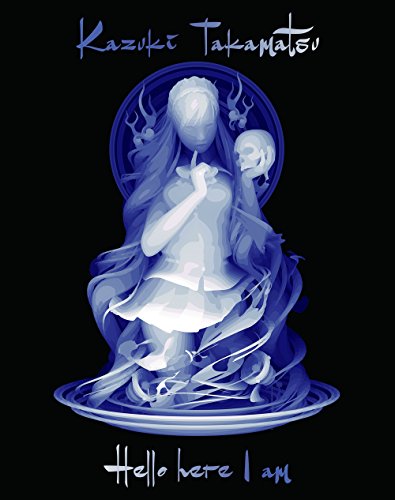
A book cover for Hello, Here I Am; Arts & Photography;